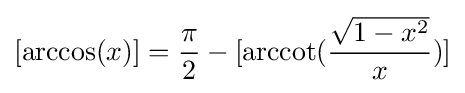
[\arccos(x)]={\frac {\pi }{2}}-[\operatorname {arccot} ({\frac {\sqrt {1-x^{2}}}{x}})]